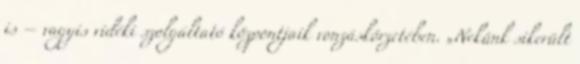
is – vagyis vidéki szolgáltató központjaik vonzáskörzetében. „Nekünk sikerült